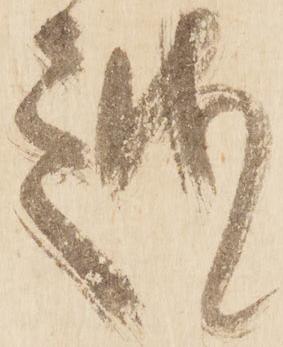
越